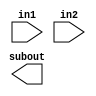
module SUB(subout,in1,in2);
input [15:0] in1,in2;
output [15:0] subout;

always @(*)

out<=in1-in2;

endmodule